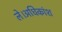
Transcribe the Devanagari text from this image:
ले।अधिकांश